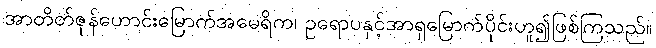
အာတိတ်ဇုန်ဟောင်းမြောက်အမေရိက၊ ဥရောပနှင့်အာရှမြောက်ပိုင်းဟူ၍ဖြစ်ကြသည်။